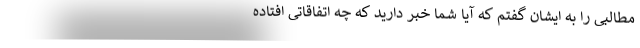
مطالبی را به ایشان گفتم که آیا شما خبر دارید که چه اتفاقاتی افتاده